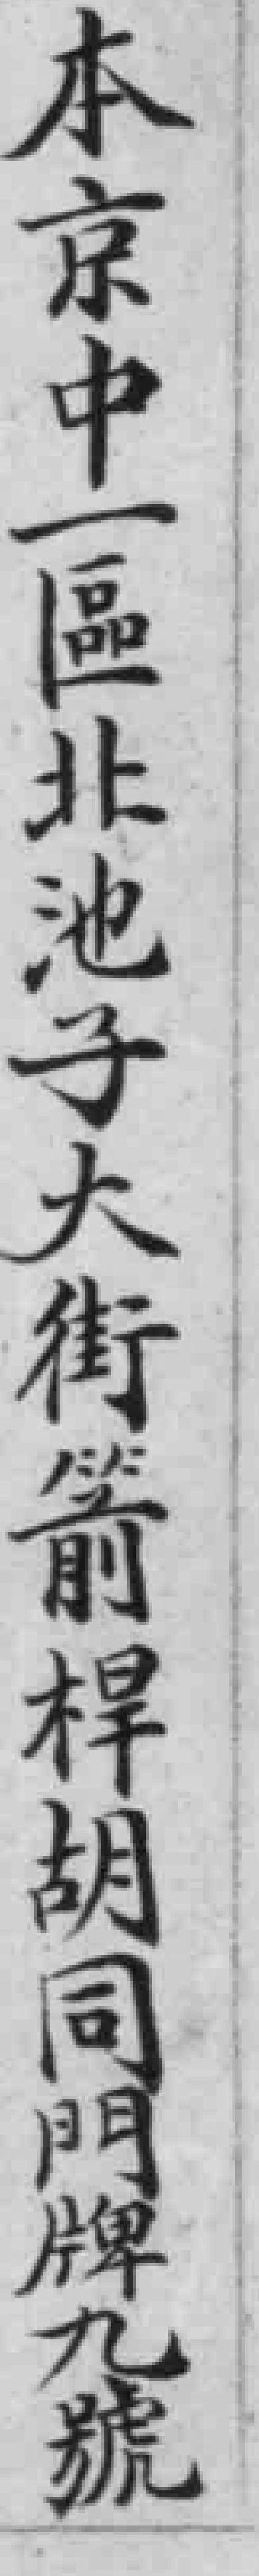
本京中一區北池子大街箭桿胡同門牌九號